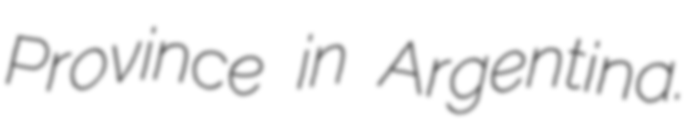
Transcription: Province in Argentina.